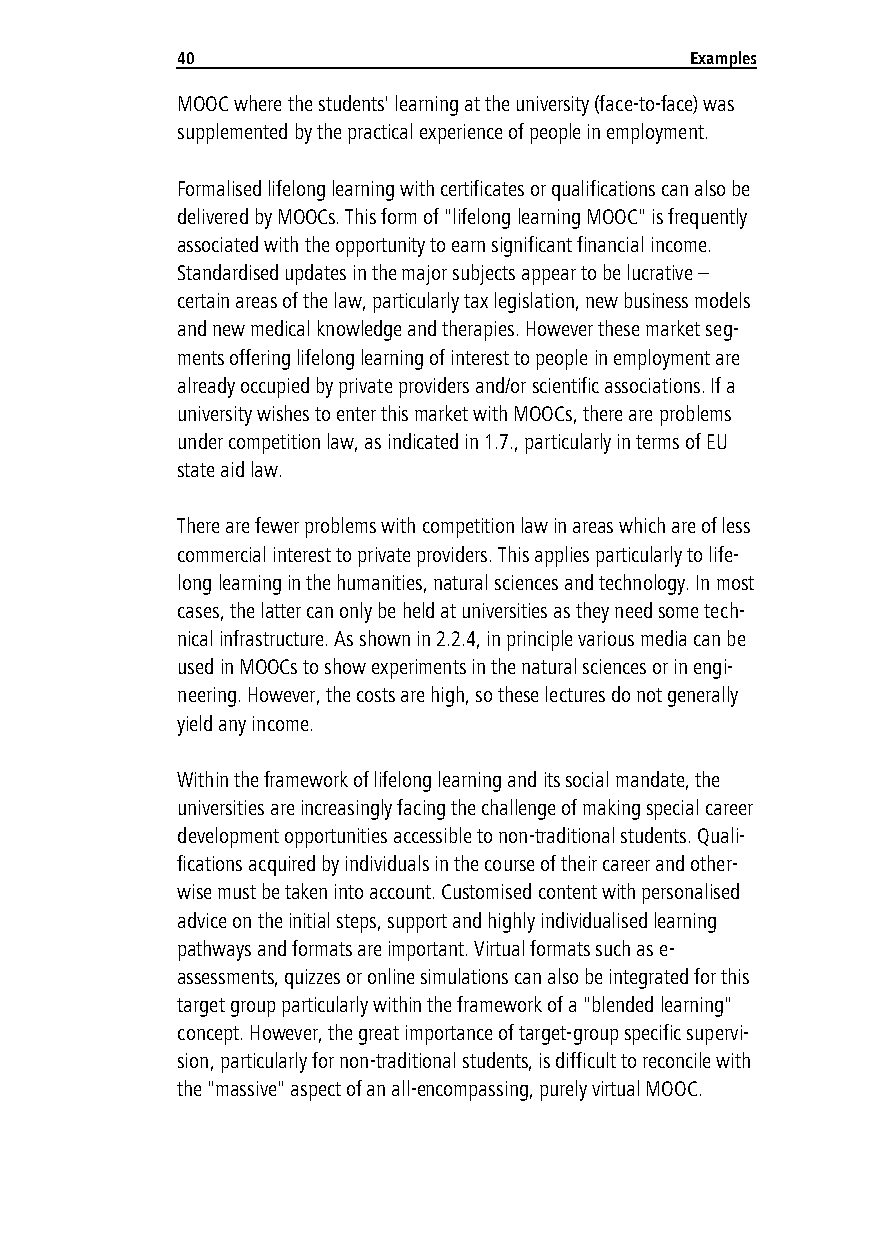
40                                Examples
 MOOC where the students' learning at the university (face-to-face) was
 supplemented by the practical experience of people in employment.
 Formalised lifelong learning with certificates or qualifications can also be
 delivered by MOOCs. This form of "lifelong learning MOOC" is frequently
 associated with the opportunity to earn significant financial income.
 Standardised updates in the major subjects appear to be lucrative –
 certain areas of the law, particularly tax legislation, new business models
 and new medical knowledge and therapies. However these market seg-
 ments offering lifelong learning of interest to people in employment are
 already occupied by private providers and/or scientific associations. If a
 university wishes to enter this market with MOOCs, there are problems
 under competition law, as indicated in 1.7., particularly in terms of EU
 state aid law.
 There are fewer problems with competition law in areas which are of less
 commercial interest to private providers. This applies particularly to life-
 long learning in the humanities, natural sciences and technology. In most
 cases, the latter can only be held at universities as they need some tech-
 nical infrastructure. As shown in 2.2.4, in principle various media can be
 used in MOOCs to show experiments in the natural sciences or in engi-
 neering. However, the costs are high, so these lectures do not generally
 yield any income.
 Within the framework of lifelong learning and its social mandate, the
 universities are increasingly facing the challenge of making special career
 development opportunities accessible to non-traditional students. Quali-
 fications acquired by individuals in the course of their career and other-
 wise must be taken into account. Customised content with personalised
 advice on the initial steps, support and highly individualised learning
 pathways and formats are important. Virtual formats such as e-
 assessments, quizzes or online simulations can also be integrated for this
 target group particularly within the framework of a "blended learning"
 concept. However, the great importance of target-group specific supervi-
 sion, particularly for non-traditional students, is difficult to reconcile with
 the "massive" aspect of an all-encompassing, purely virtual MOOC.